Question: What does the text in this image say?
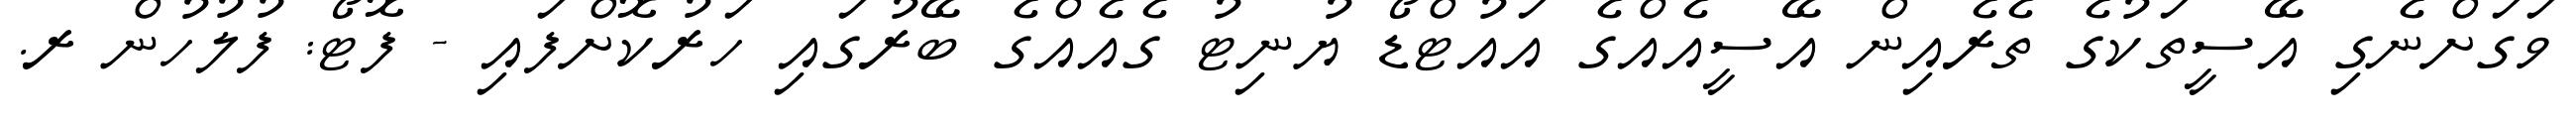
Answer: ވަގަށްނެގި އޭސީތަކުގެ ތެރެއިން އޭސީއެއްގެ އައުޓްޑޯ ޔުނިޓު ގެއެއްގެ ބޭރުގައި ހަރުކޮށްފައި - ފޮޓޯ: ފުލުހުން ރ.